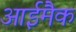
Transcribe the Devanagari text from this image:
आईमैक